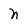
Character: n